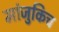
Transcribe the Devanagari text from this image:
मांजुकिच